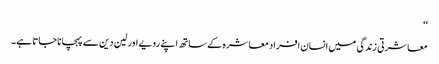
‘‘
معاشرتی زندگی میں انسان افراد معاشرہ کے ساتھ اپنے رویے اور لین دین سے پہچانا جاتا ہے۔